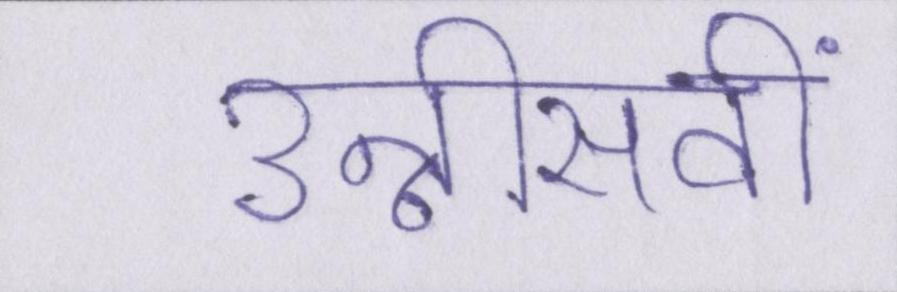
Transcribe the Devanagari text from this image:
उन्नीसवीं